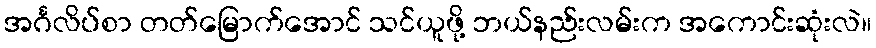
အင်္ဂလိပ်စာ တတ်မြောက်အောင် သင်ယူဖို့ ဘယ်နည်းလမ်းက အကောင်းဆုံးလဲ။